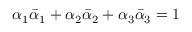
\alpha _ { 1 } \bar { \alpha } _ { 1 } + \alpha _ { 2 } \bar { \alpha } _ { 2 } + \alpha _ { 3 } \bar { \alpha } _ { 3 } = 1